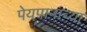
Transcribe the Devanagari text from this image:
पेयपानाच्या